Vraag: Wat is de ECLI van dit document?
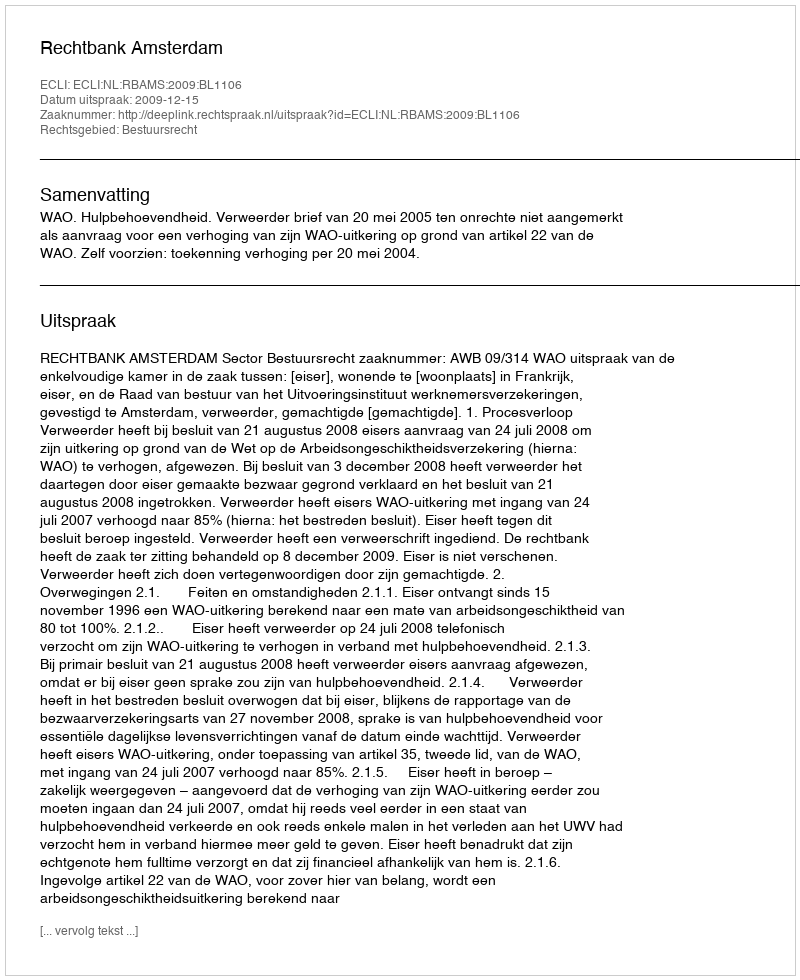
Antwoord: ECLI:NL:RBAMS:2009:BL1106